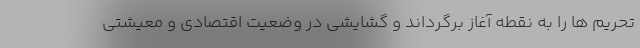
تحریم ها را به نقطه آغاز برگرداند و گشایشی در وضعیت اقتصادی و معیشتی